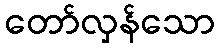
တော်လှန်သော